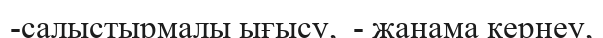
-салыстырмалы ығысу,  - жанама кернеу,